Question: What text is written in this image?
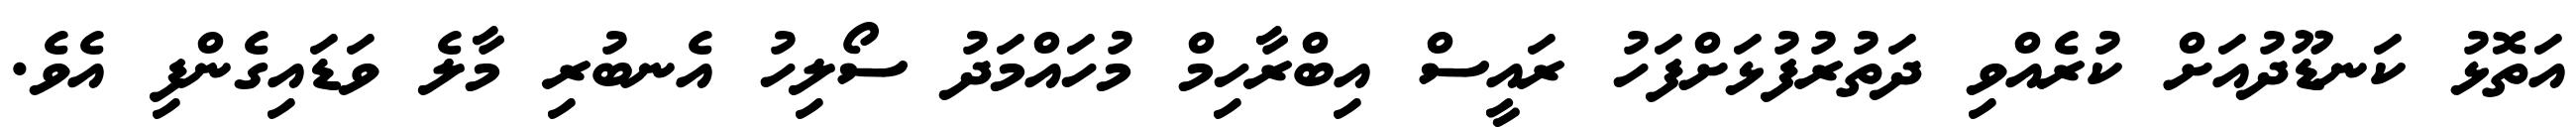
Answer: އަތޮޅު ކަނޑޫދުއަށް ކުރެއްވި ދަތުރުފުޅަށްފަހު ރައީސް އިބްރާހިމް މުހައްމަދު ސޯލިހު އެނބުރި މާލެ ވަޑައިގެންފި އެވެ.